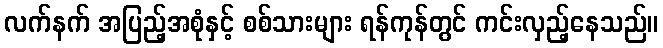
လက်နက် အပြည့်အစုံနှင့် စစ်သားများ ရန်ကုန်တွင် ကင်းလှည့်နေသည်။